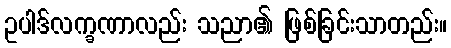
ဥပါဒ်လက္ခဏာလည်း သညာ၏ ဖြစ်ခြင်းသာတည်း။